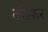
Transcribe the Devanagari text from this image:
दांदेकर